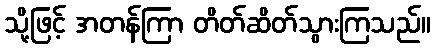
သို့ဖြင့် အတန်ကြာ တိတ်ဆိတ်သွားကြသည်။